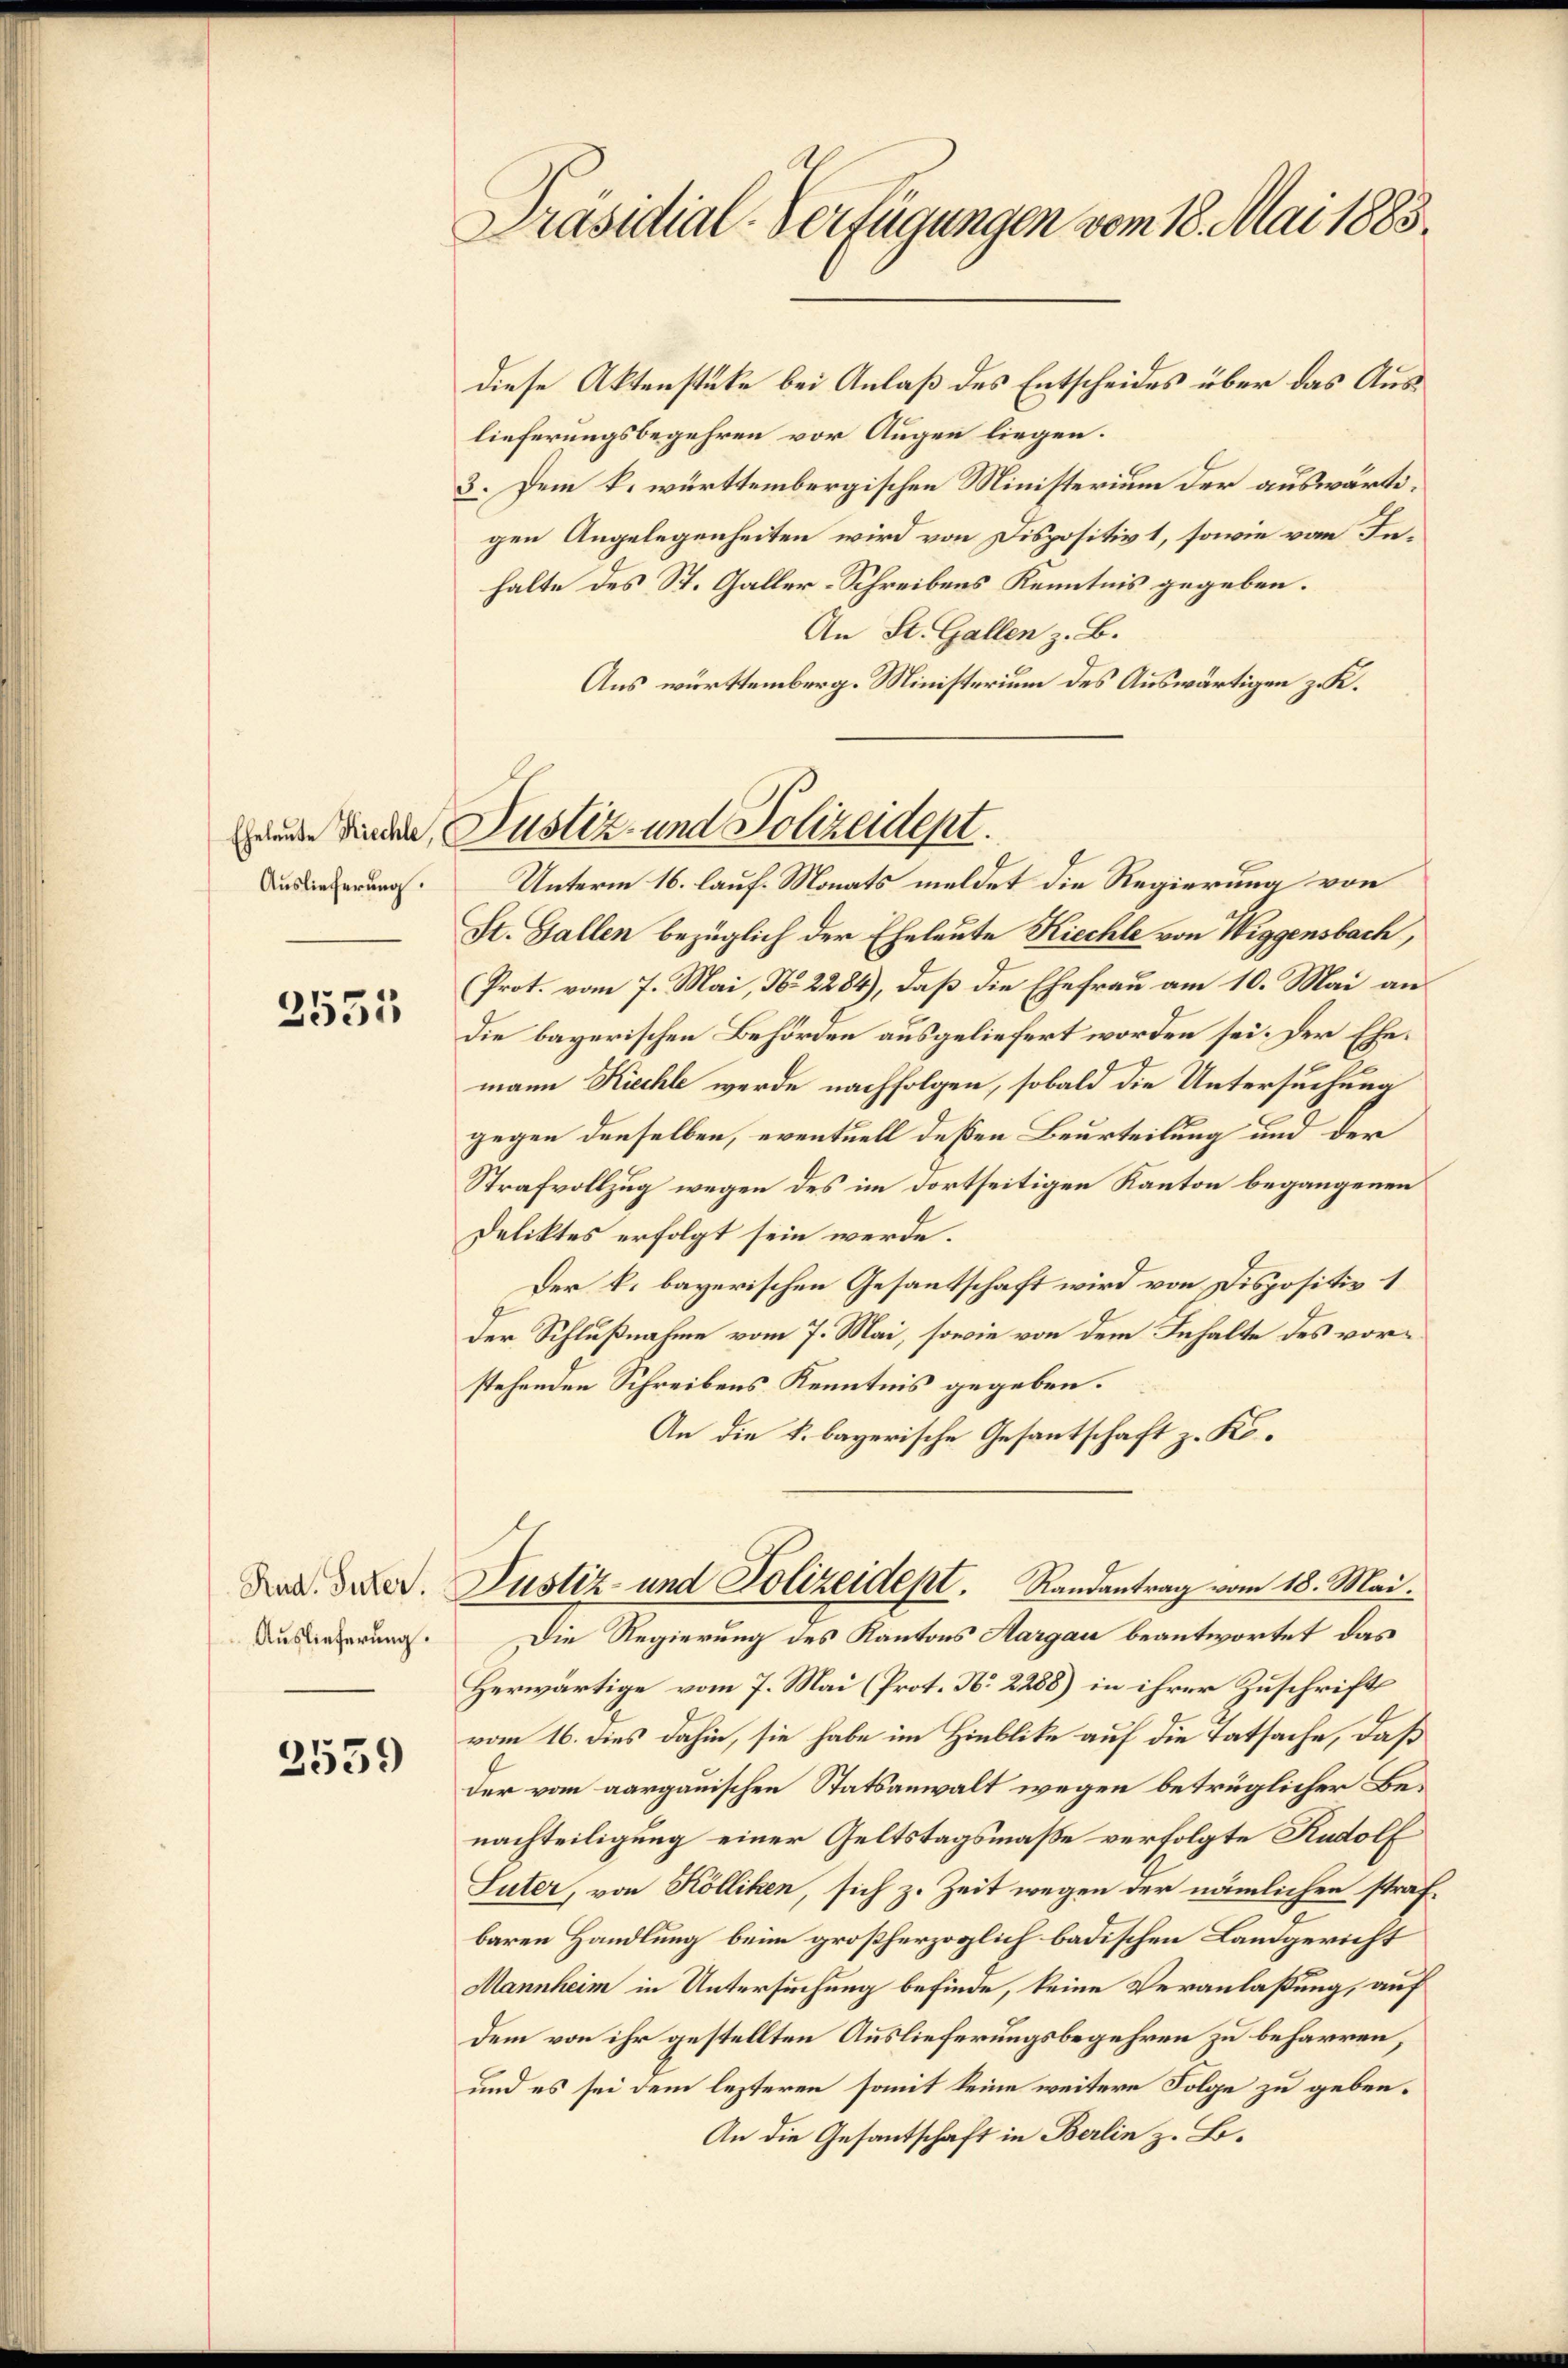
Auslieferung.

2551

Rud. Suter.
Auslieferung.

2559

Präsidial-Verfügungen vom 18. Mai 1883

diese Aktenstüke bei Anlaß des Entscheides über das Auslieferungsbegehren vor Augen liegen.
3. Dem k. württembergischen Ministerium der auswärtigen Angelegenheiten wird von Dispositivt, sowie von Inhalte des St. Galler-Schreibens Kenntnis gegeben.
An St. Gallen z. B.
Aus württemberg. Ministerium des Auswärtigen z. K.
Unterm 16. lauf. Monats meldet die Regierung von
St. Gallen bezüglich der Eheleute Kiechte von Wiggensbach,
(Prot. vom 7. Mai, No 2284), daß die Ehefrau am 10. Mai an
Die bayerischen Behörden ausgeliefert worden sei. Der Ehemann Kiechte wurde nachfolgen, sobald die Untersuchung
gegen denselben, eventuell deßen Beurteilung und der
Strafvollzug wegen des im dortseitigen Kanton begangenen
Deliktes erfolgt sein werde.
Der k. bayerischen Gesantschaft wird von Dispositiv 1
der Schlußnahme vom 7. Mai, sowie von dem Inhalte des vorstehenden Schreibens Kenntnis gegeben.
An die k. bayerische Gesantschaft z. Ko¬
Justiz und Polizeidept. Randantrag vom 18. Mai.
Die Regierung des Kantons Aargau beantwortet, das
Herwärtige vom 7. Mai (Prot. No 2288) in ihrer Zuschrift
vom 16. dies dahin, sie habe im Hinblike auf die Tatsache, daß
der vom aargauischen Statsanwalt wegen betrüglicher Benachteiligung einer Geltstagsmaße verfolgte Rudolf
Suter, von Kölliken, sich z. Zeit wegen der nämlichen strafbaren Handlung beim großherzoglich badischen Landgericht
Mannheim in Untersuchung befinde, keine Veranlaßung, auf
dem von ihr gestellten Auslieferungsbegehren zu beharren,
und es sei dem lezteren somit keine weitere Folge zu geben.
An die Gesantschaft in Berlin z. B.

auder Finden Justiz- und Polizeident.